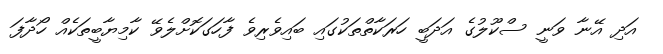
އަދި އޭނާ ވަނީ ސްކޫލުގެ އަދަބީ ހަރަކާތްތަކުގައި ބައިވެރިވެ ފާހަގަކޮށްލެވޭ ކާމިޔާބީތަކެއް ހޯދާފަ